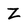
Character: Z